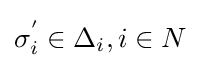
\sigma _{i}^{'}\in \Delta _{i},i\in N